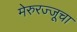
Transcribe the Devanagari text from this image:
मेरुरज्जूचा